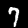
Digit: 7